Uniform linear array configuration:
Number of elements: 64
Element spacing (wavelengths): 0.5
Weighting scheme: hamming
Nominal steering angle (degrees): -60
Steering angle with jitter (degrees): -61.858
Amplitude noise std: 0.05
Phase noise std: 0.05

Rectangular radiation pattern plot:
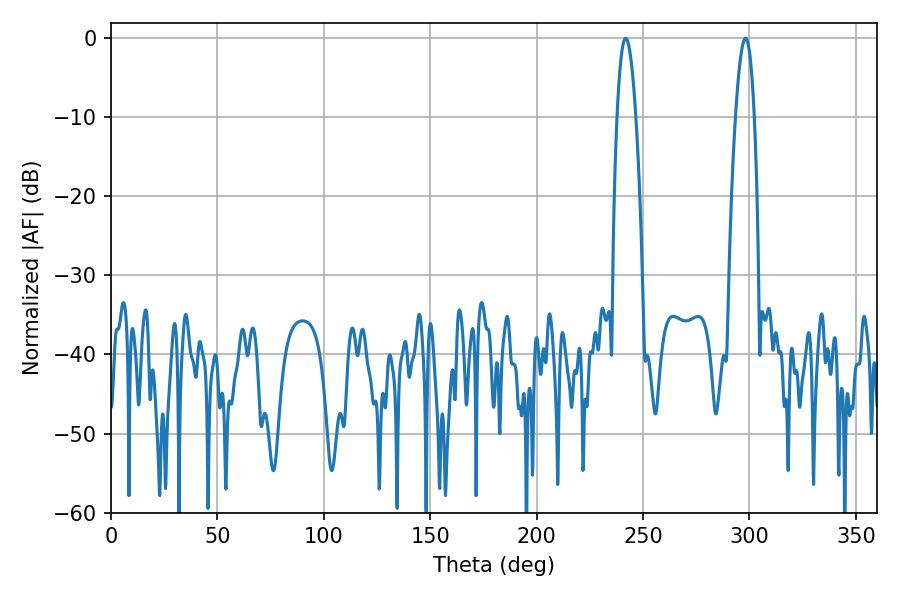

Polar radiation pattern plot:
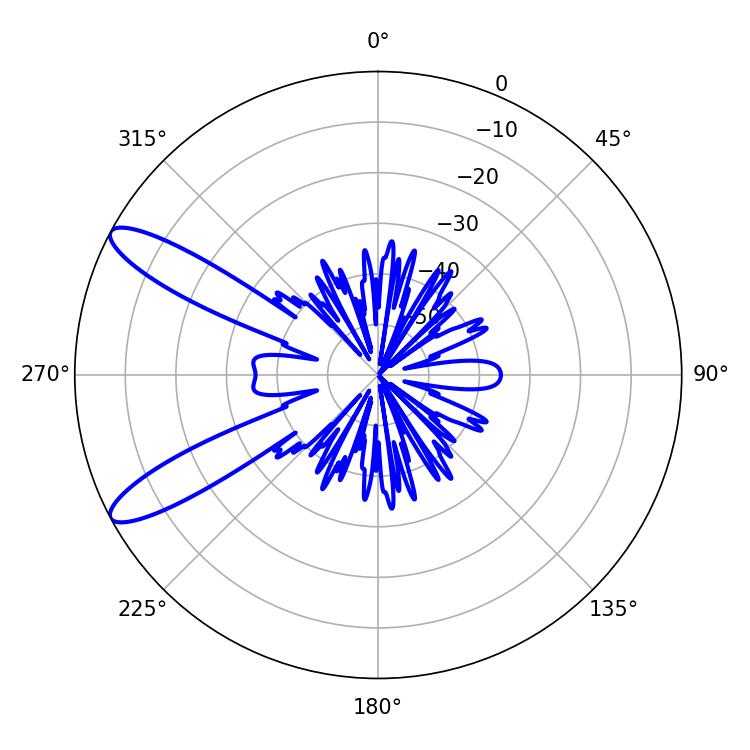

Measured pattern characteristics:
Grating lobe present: FALSE
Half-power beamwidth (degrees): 4.86
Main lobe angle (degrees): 298.08